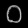
Digit: ၀